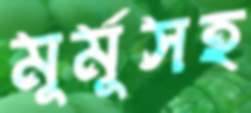
মুর্মুসহ